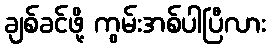
ချစ်ခင်ဖို့ ကွမ်းအစ်ပါပြီလား